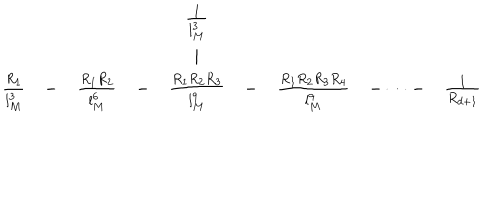
\begin{array} { c c c c c c c c c } { { } } & { { } } & { { } } & { { } } & { { \frac { 1 } { l _ { M } ^ { 3 } } } } & { { } } & { { } } & { { } } & { { } } \\ { { } } & { { } } & { { } } & { { } } & { { \mid } } & { { } } & { { } } & { { } } & { { } } \\ { { \frac { R _ { 1 } } { l _ { M } ^ { 3 } } } } & { { - } } & { { \frac { R _ { 1 } R _ { 2 } } { l _ { M } ^ { 6 } } } } & { { - } } & { { \frac { R _ { 1 } R _ { 2 } R _ { 3 } } { l _ { M } ^ { 9 } } } } & { { - } } & { { \frac { R _ { 1 } R _ { 2 } R _ { 3 } R _ { 4 } } { l _ { M } ^ { 9 } } } } & { { - \dots - } } & { { \frac { 1 } { R _ { d + 1 } } } } \\ \end{array}